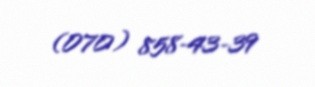
(070) 858-43-39